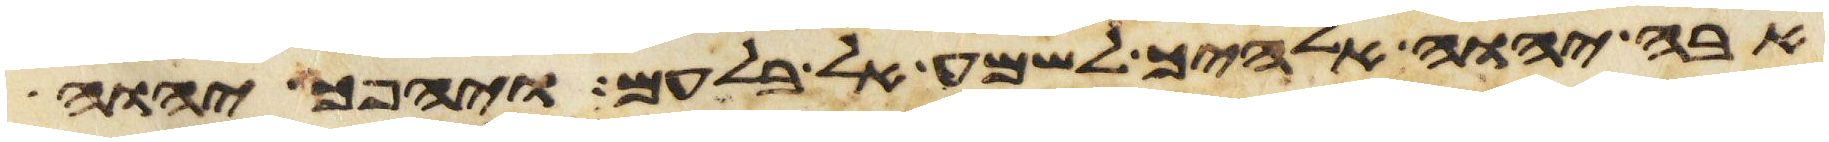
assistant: אבה יהוה אלהיך לשמע אל בלעם ויהפך יהוה